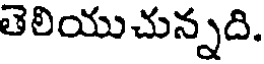
తెలియుచున్నది.